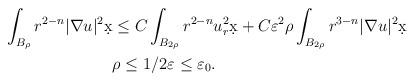
LaTeX: \begin{align*}\int_{B_{\rho}} r^{2-n} |\nabla u|^2 \d x & \leq C \int_{B_{2\rho}} r^{2-n} u_r^2 \d x + C \varepsilon^2 \rho \int_{B_{2\rho}} r^{3-n}|\nabla u|^2 \d x\\ & \rho \leq 1/2 \varepsilon \leq \varepsilon_0.\end{align*}